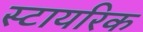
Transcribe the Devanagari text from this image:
स्टायरिक